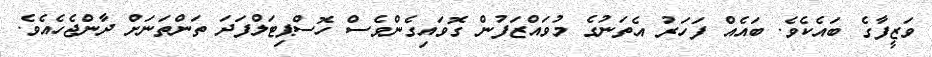
ވަޒީފާގެ ބައެކެވެ. ބައެއް ފަހަރު އެތަނުގެ މުވައްޒަފުން ގޮވައިގެންވެސް ހޮސްޕިޓަލްފަދަ ތަންތަނަށް ދާންޖެހެއެވެ.